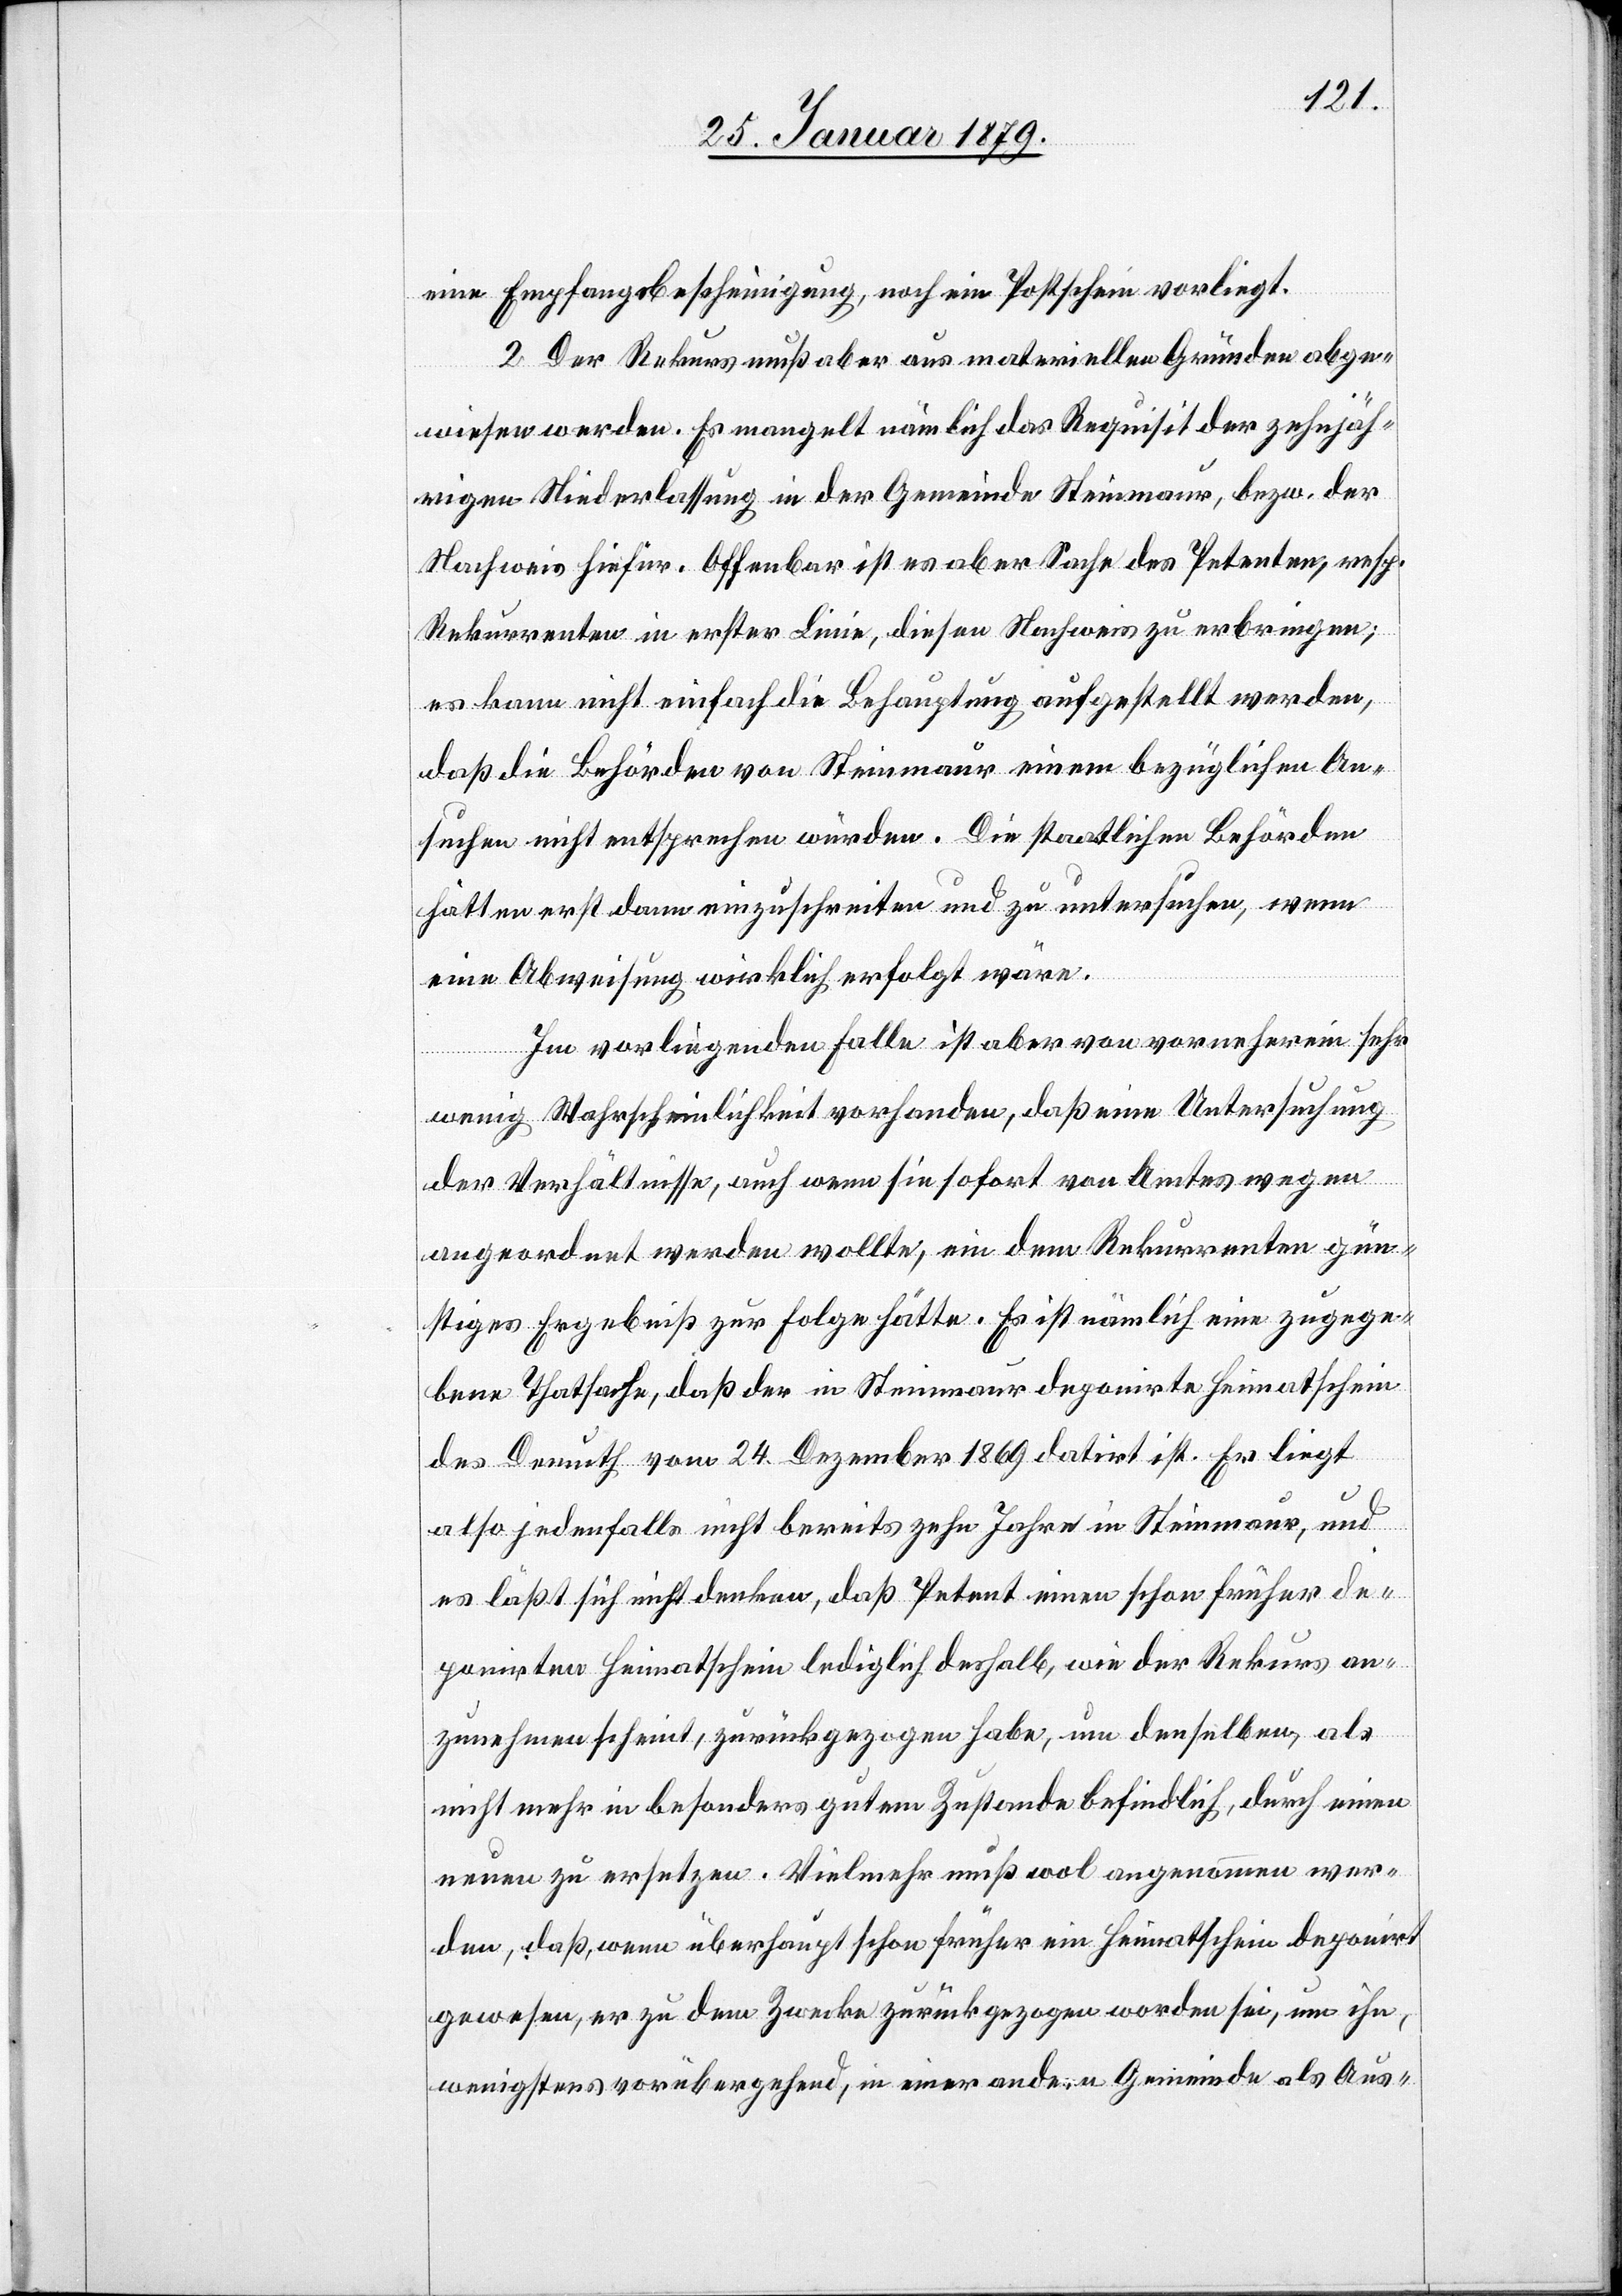
eine Empfangsbescheinigung, noch ein Postschein vorliegt.
2. Der Rekurs muß aber aus materiellen Gründen abge¬
wiesen werden. Es mangelt nämlich das Requisit der zehnjäh¬
rigen Niederlassung in der Gemeinde Steinmaur, bezw. der
Nachweis hiefür. Offenbar ist es aber Sache des Petenten, resp.
Rekurrenten in erster Linie, diesen Nachweis zu erbringen;
es kann nicht einfach die Behauptung aufgestellt werden,
daß die Behörden von Steinmaur einem bezüglichen An¬
suchen nicht entsprechen würden. Die staatlichen Behörden
hätten erst dann einzuschreiten und zu untersuchen, wenn
eine Abweisung wirklich erfolgt wäre.
Im vorliegenden Falle ist aber von vorneherein sehr
wenig Wahrscheinlichkeit vorhanden, daß eine Untersuchung
der Verhältnisse, auch wenn sie sofort von Amtes wegen
angeordnet werden wollte, ein dem Rekurrenten gün¬
stiges Ergebniß zur Folge hätte. Es ist nämlich eine zugege¬
bene Thatsache, daß der in Steinmaur deponirte Heimatschein
des Demuth vom 24. Dezember 1869 datirt ist. Er liegt
also jedenfalls nicht bereits zehn Jahre in Steinmaur, und
es läßt sich nicht denken, daß Petent einen schon früher de¬
ponirten Heimatschein lediglich deshalb, wie der Rekurs an¬
zunehmen scheint, zurückgezogen habe, um denselben, als
nicht mehr in besonders gutem Zustande befindlich, durch einen
neuen zu ersetzen. Vielmehr muß wol angenommen wer¬
den, daß, wenn überhaupt schon früher ein Heimatschein deponirt
gewesen, er zu dem Zwecke zurückgezogen worden sei, um ihn,
wenigsten vorübergehend, in einer andern Gemeinde als Aus-